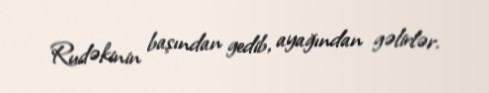
Rudəkinin başından gedib, ayağından gəlirlər.